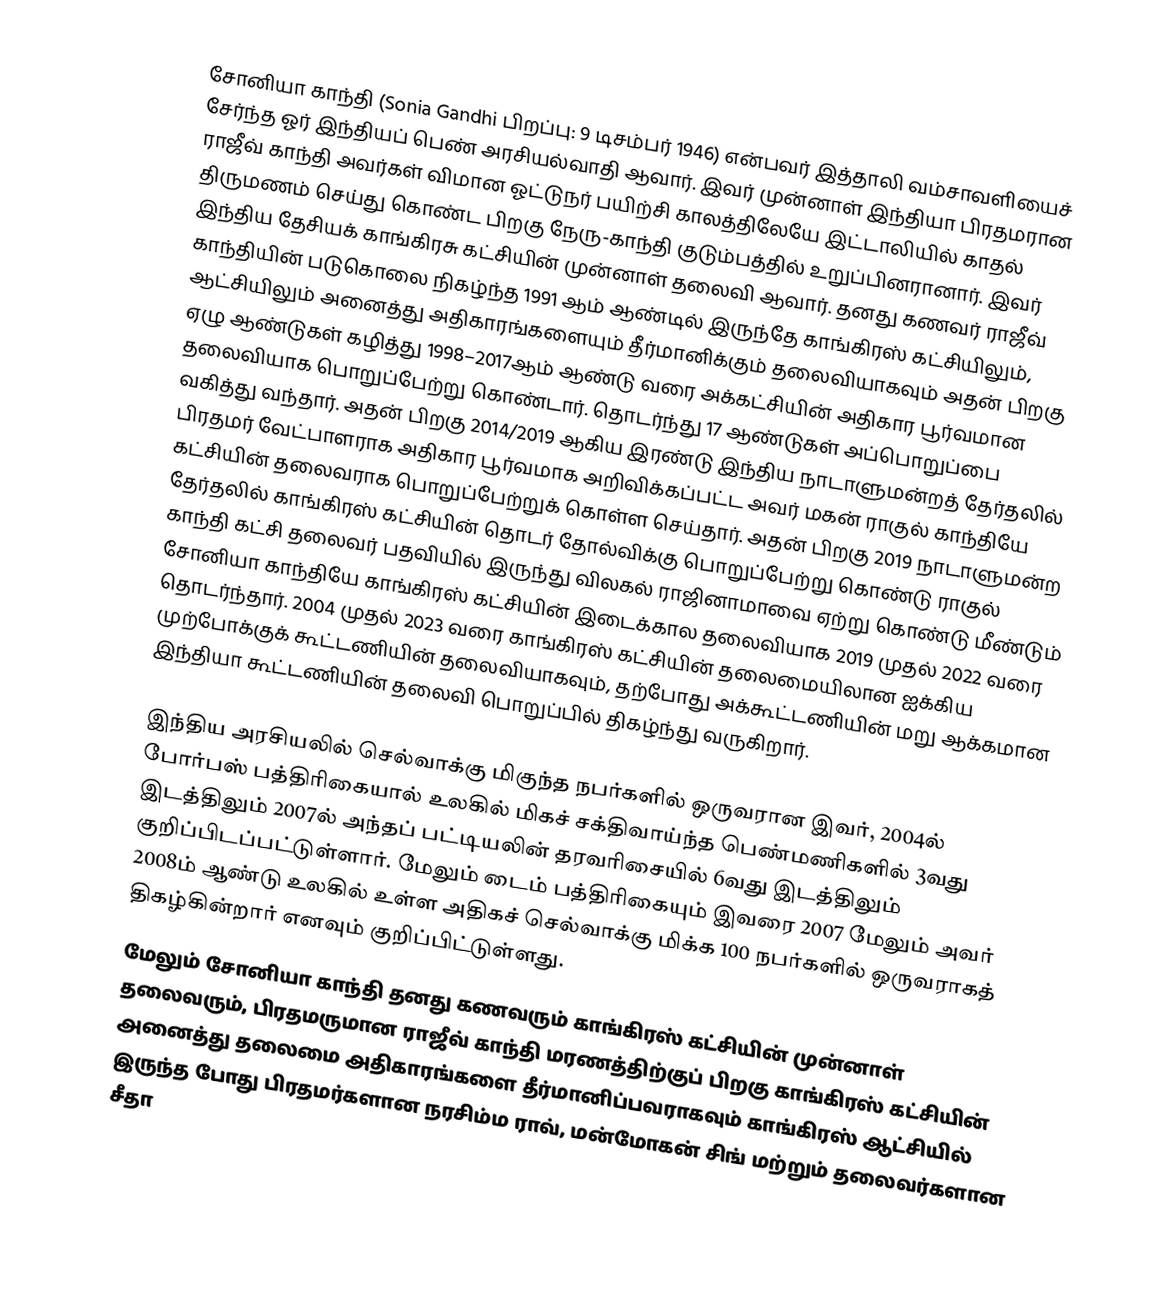
சோனியா காந்தி (Sonia Gandhi பிறப்பு: 9 டிசம்பர் 1946) என்பவர் இத்தாலி வம்சாவளியைச் சேர்ந்த ஓர் இந்தியப் பெண் அரசியல்வாதி ஆவார். இவர் முன்னாள் இந்தியா பிரதமரான ராஜீவ் காந்தி அவர்கள் விமான ஓட்டுநர் பயிற்சி காலத்திலேயே இட்டாலியில் காதல் திருமணம் செய்து கொண்ட பிறகு நேரு-காந்தி குடும்பத்தில் உறுப்பினரானார். இவர் இந்திய தேசியக் காங்கிரசு கட்சியின் முன்னாள் தலைவி ஆவார். தனது கணவர் ராஜீவ் காந்தியின் படுகொலை நிகழ்ந்த 1991 ஆம் ஆண்டில் இருந்தே காங்கிரஸ் கட்சியிலும், ஆட்சியிலும் அனைத்து அதிகாரங்களையும் தீர்மானிக்கும் தலைவியாகவும் அதன் பிறகு ஏழு ஆண்டுகள் கழித்து 1998–2017ஆம் ஆண்டு வரை அக்கட்சியின் அதிகார பூர்வமான தலைவியாக பொறுப்பேற்று கொண்டார். தொடர்ந்து 17 ஆண்டுகள் அப்பொறுப்பை வகித்து வந்தார். அதன் பிறகு 2014/2019 ஆகிய இரண்டு இந்திய நாடாளுமன்றத் தேர்தலில் பிரதமர் வேட்பாளராக அதிகார பூர்வமாக அறிவிக்கப்பட்ட அவர் மகன் ராகுல் காந்தியே கட்சியின் தலைவராக பொறுப்பேற்றுக் கொள்ள செய்தார். அதன் பிறகு 2019 நாடாளுமன்ற தேர்தலில் காங்கிரஸ் கட்சியின் தொடர் தோல்விக்கு பொறுப்பேற்று கொண்டு ராகுல் காந்தி கட்சி தலைவர் பதவியில் இருந்து விலகல் ராஜினாமாவை ஏற்று கொண்டு மீண்டும் சோனியா காந்தியே காங்கிரஸ் கட்சியின் இடைக்கால தலைவியாக 2019 முதல் 2022 வரை தொடர்ந்தார். 2004 முதல் 2023 வரை காங்கிரஸ் கட்சியின் தலைமையிலான ஐக்கிய முற்போக்குக் கூட்டணியின் தலைவியாகவும், தற்போது அக்கூட்டணியின் மறு ஆக்கமான இந்தியா கூட்டணியின் தலைவி பொறுப்பில் திகழ்ந்து வருகிறார்.

 இந்திய அரசியலில் செல்வாக்கு மிகுந்த நபர்களில் ஒருவரான இவர், 2004ல் போர்பஸ்  பத்திரிகையால் உலகில் மிகச் சக்திவாய்ந்த பெண்மணிகளில் 3வது இடத்திலும் 2007ல் அந்தப் பட்டியலின் தரவரிசையில் 6வது இடத்திலும் குறிப்பிடப்பட்டுள்ளார். மேலும் டைம் பத்திரிகையும் இவரை 2007  மேலும் அவர் 2008ம் ஆண்டு உலகில் உள்ள அதிகச் செல்வாக்கு மிக்க 100 நபர்களில் ஒருவராகத் திகழ்கின்றார் எனவும் குறிப்பிட்டுள்ளது.
 மேலும் சோனியா காந்தி தனது கணவரும் காங்கிரஸ் கட்சியின் முன்னாள் தலைவரும், பிரதமருமான ராஜீவ் காந்தி மரணத்திற்குப் பிறகு காங்கிரஸ் கட்சியின் அனைத்து தலைமை அதிகாரங்களை தீர்மானிப்பவராகவும் காங்கிரஸ் ஆட்சியில் இருந்த போது பிரதமர்களான நரசிம்ம ராவ், மன்மோகன் சிங் மற்றும் தலைவர்களான சீதா